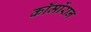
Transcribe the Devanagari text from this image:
कॉर्मोरान